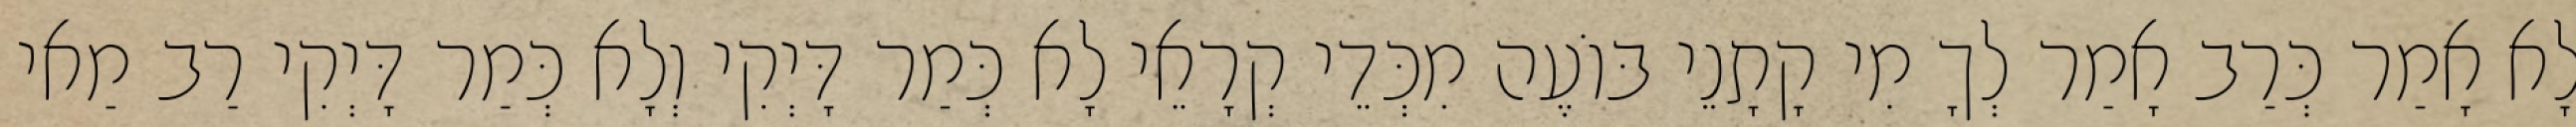
לָא אָמַר כְּרַב אָמַר לְךָ מִי קָתָנֵי בּוֹעֶה מִכְּדֵי קְרָאֵי לָא כְּמַר דָּיְקִי וְלָא כְּמַר דָּיְקִי רַב מַאי